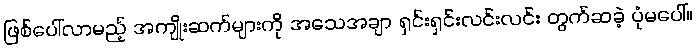
ဖြစ်ပေါ်လာမည့် အကျိုးဆက်များကို အသေအချာ ရှင်းရှင်းလင်းလင်း တွက်ဆခဲ့ ပုံမပေါ်။